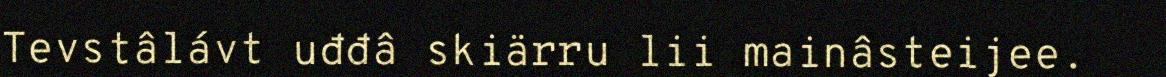
Tevstâlávt uđđâ skiärru lii mainâsteijee.